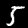
Digit: 5